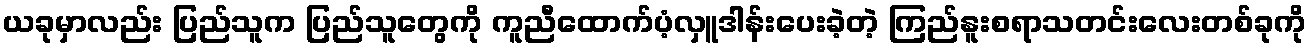
ယခုမှာလည်း ပြည်သူက ပြည်သူတွေကို ကူညီထောက်ပံ့လှူဒါန်းပေးခဲ့တဲ့ ကြည်နူးစရာသတင်းလေးတစ်ခုကို